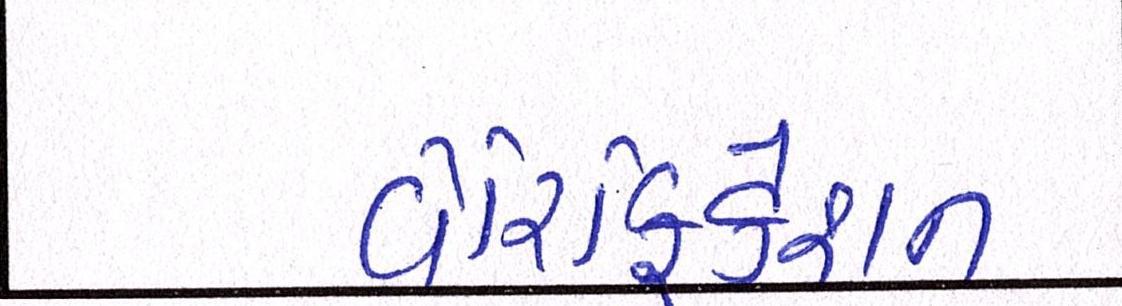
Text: વેરિફિકેશન